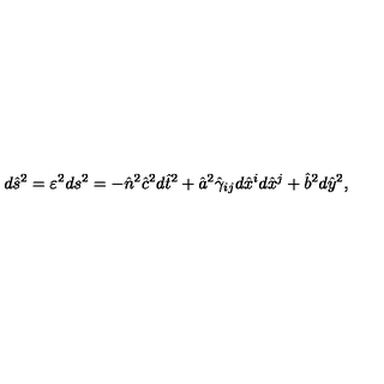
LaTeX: d \hat { s } ^ { 2 } = \varepsilon ^ { 2 } d s ^ { 2 } = - \hat { n } ^ { 2 } \hat { c } ^ { 2 } d \hat { t } ^ { 2 } + \hat { a } ^ { 2 } \hat { \gamma } _ { i j } d \hat { x } ^ { i } d \hat { x } ^ { j } + \hat { b } ^ { 2 } d \hat { y } ^ { 2 } ,